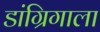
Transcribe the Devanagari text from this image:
डांग्रिगाला